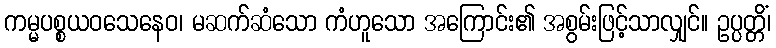
ကမ္မပစ္စယဝသေနေဝ၊ မဆက်ဆံသော ကံဟူသော အကြောင်း၏ အစွမ်းဖြင့်သာလျှင်။ ဥပ္ပတ္တိံ၊